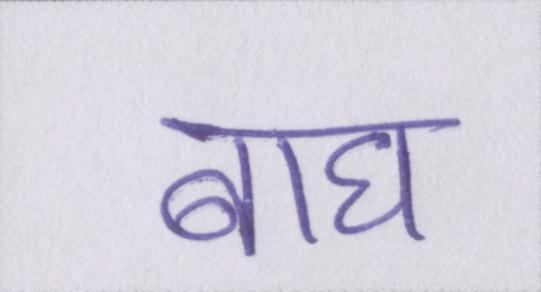
बाघ